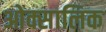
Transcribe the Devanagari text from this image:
ओक्सालिक